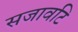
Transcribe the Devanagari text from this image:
सजावटि